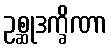
ဥစ္ဆုဒက္ခိဏာ